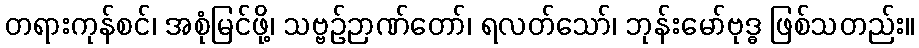
တရားကုန်စင်၊ အစုံမြင်ဖို့၊ သဗ္ဗဉ်ဉာဏ်တော်၊ ရလတ်သော်၊ ဘုန်းမော်ဗုဒ္ဓ ဖြစ်သတည်း။